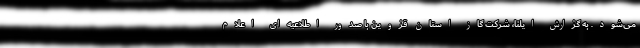
می‌شود. به گزارش ایلنا، شرکت گاز استان قزوین با صدور اطلاعیه‌ای اعلام